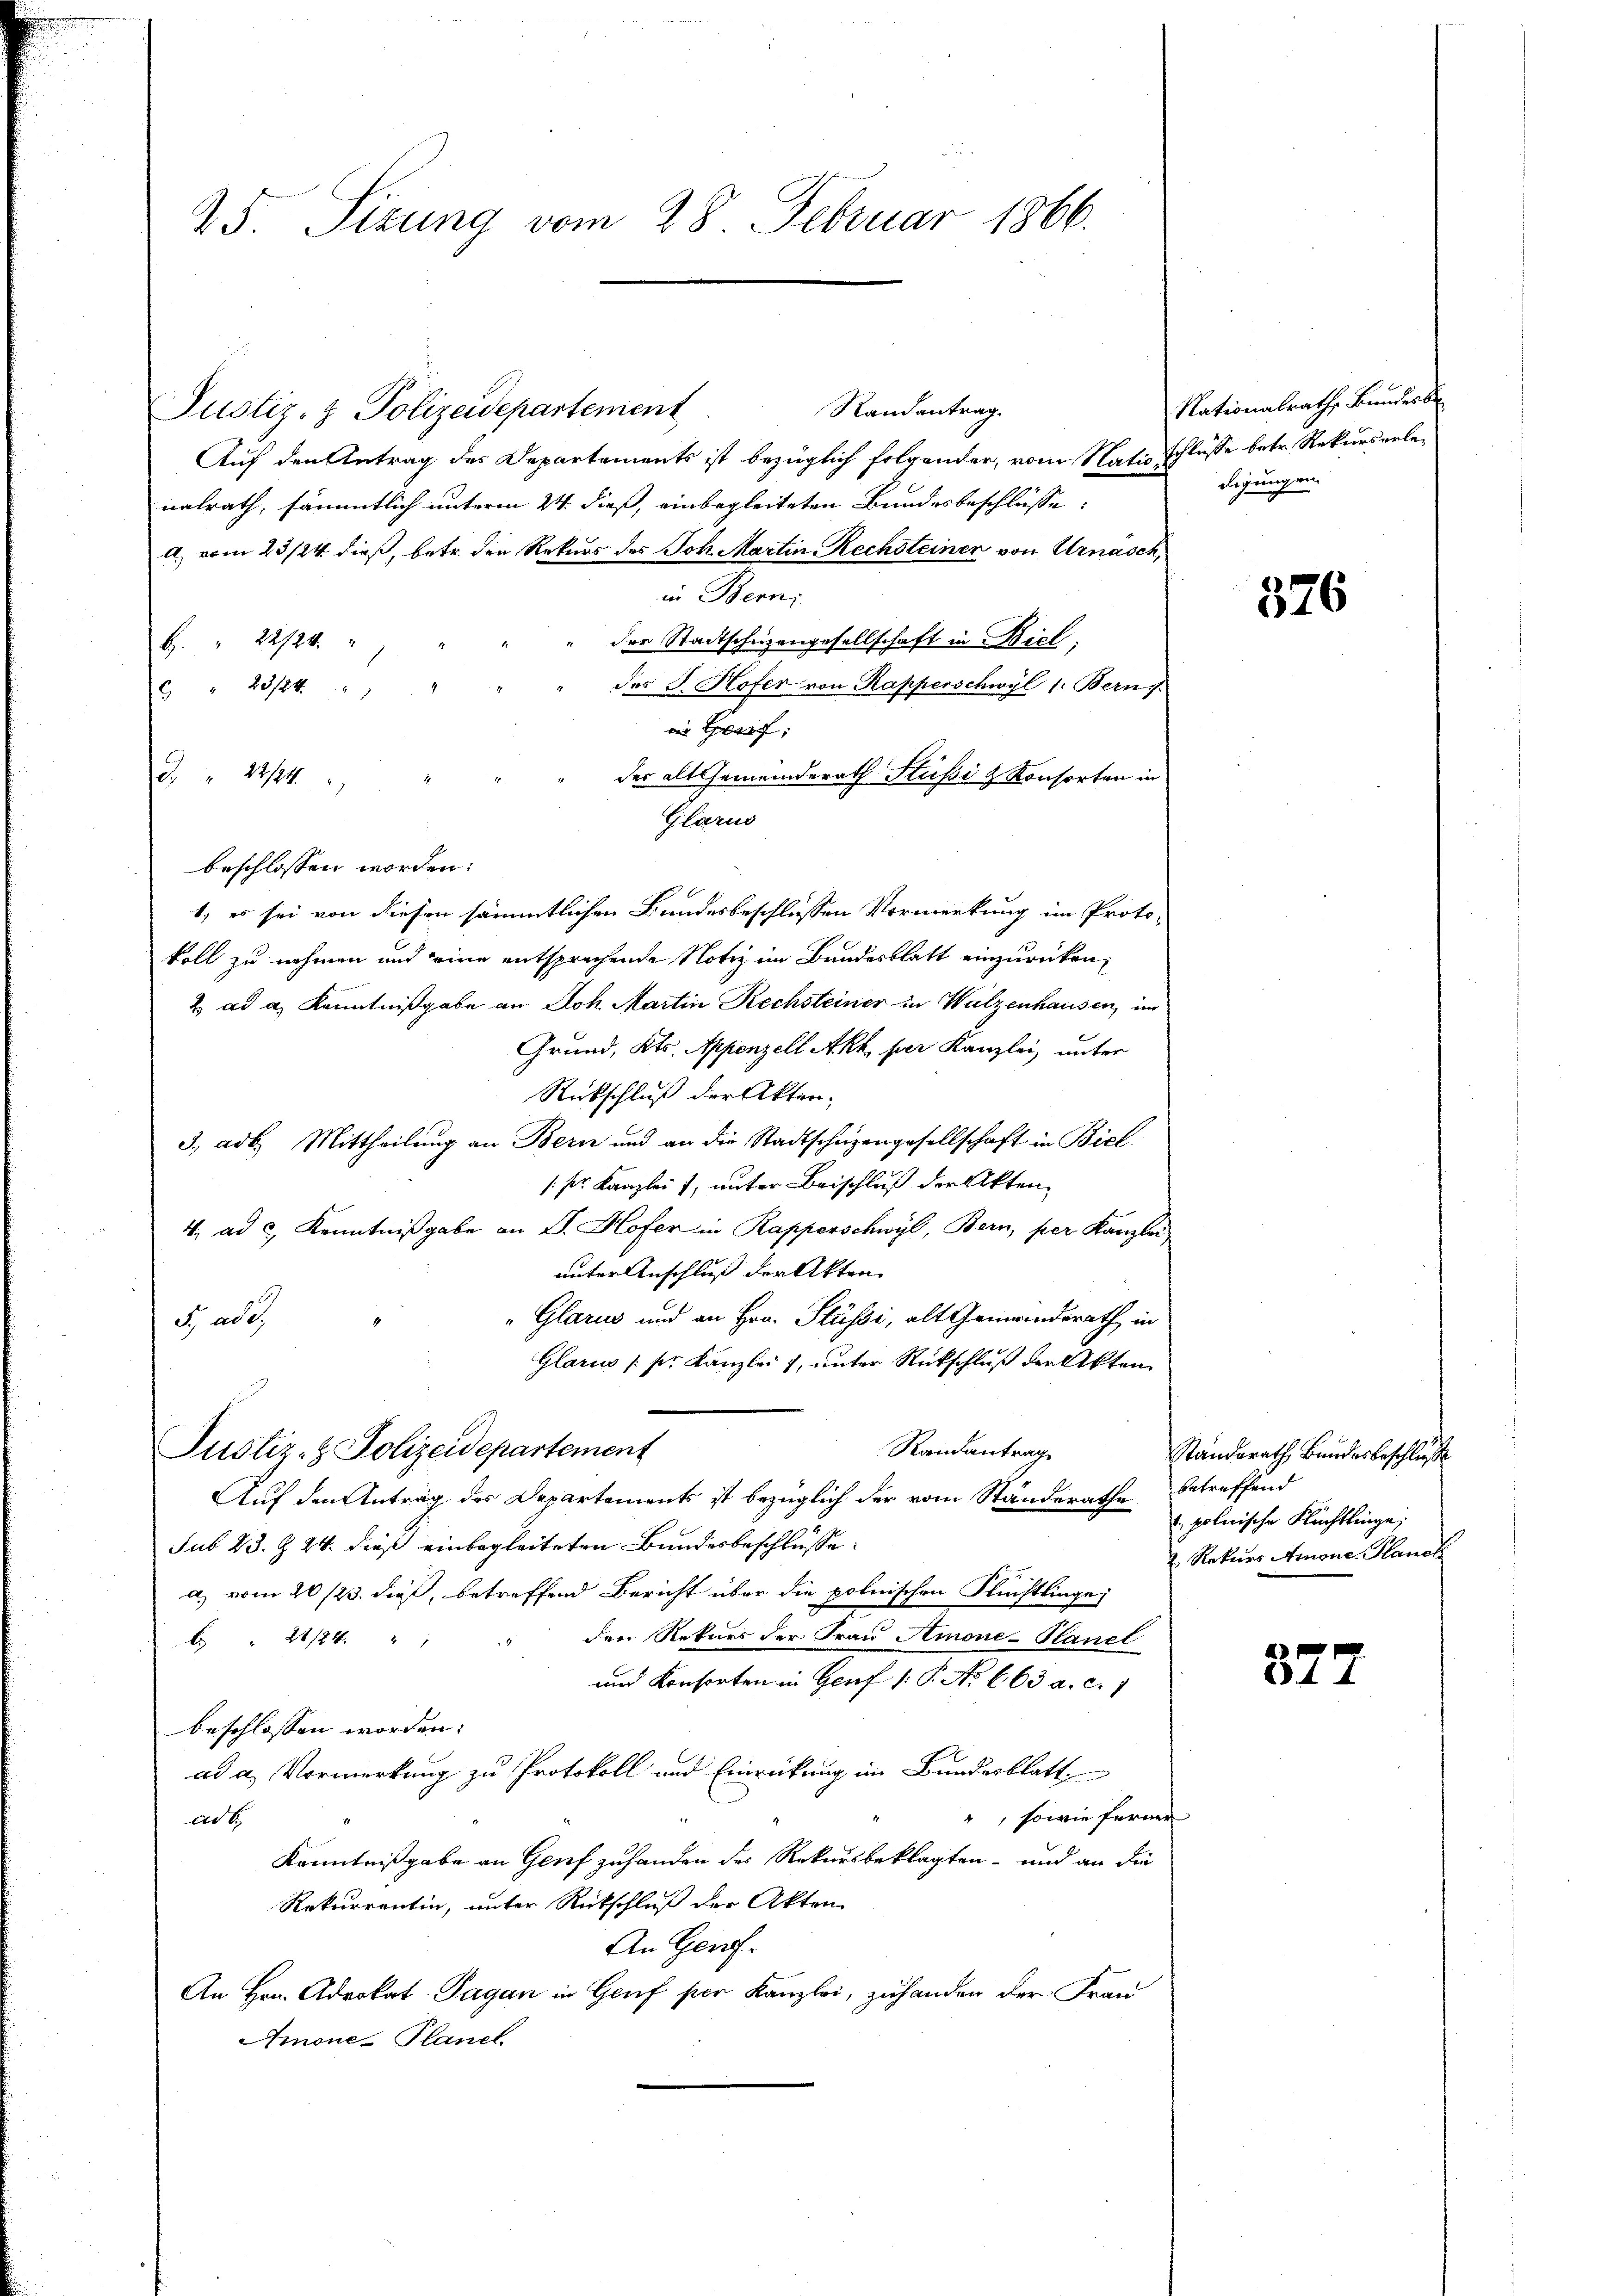
25. Sizung vom 28. Februar 1866.

Justiz- & Polizeidepartement

Randantrag.

Auf den Antrag des Departements ist bezüglich folgender, vom Natis schlüsse betr. Rekurserlenalrath, sämmtlich unterm 24. dieß, einbegleiteten Bundesbeschlüsse
a) vom 23/24. dieß, betr. den Rekurs des Joh. Martin, Rechsteinen von Urnasch,
in Berni
" der Stadtschützengesellschaft in Biel,
B " 22/24.
des J. Hofer von Kapperschwyl 1: Bern f
6 " 23/24
s ;
der alt Gemeinderath Stussi & Konsorten in
Z 12/4 x
Glarus
beschlossen worden:
1.) es sei von diesen sämmtlichen Bundesbeschlüssen Vormerkung im Proto-
koll zu nehmen und eine entsprechende Notiz im Bundesblatt einzurücken,
2. ad a, Kenntnißgabe an Joh. Martin Rechsteiner in Walzenhausen, im
Grund, Kts. Appenzell Akh, per Kanzlei, unter
Rückschluß der Akten.
3. ad b. Mittheilung an Bern und an die Stadtschüzengesellschaft in Biel
/pr. Kanzlei 7, unter Beischluß der Akten,
4. ad c.) Kenntnißgabe an J. Hofer in Kapperschwyl, Bern, per Kanzlei,
unter Anschluß der Akten
"Glarus und an Hrn. Stüßi, alt Gemeinderath in
ade.
Glarus (ser Kanzlei 7, unter Rückschluß der Akten
Randantrag
Justiz- & Polizeidepartement
Auf den Antrag des Departements ist bezüglich der vom Standerathe betreffend
sub 23. Z. 24. dieß einbegleiteten Bundesbeschlusse
a.) vom 26/23. dieß, betreffend Bericht über die polnischen Flüchtlinge
den Rekurs der Frau Amone-Hanel
 21/24 "
und Konsorten in Genf 1. P. No 663 a. c. 1
beschlossen worden.
ad a. Vormerkung zu Protokoll und Einrückung im Bundesblatt
", sowie ferner
ad E
Kenntnißgabe an Genf zu handen des Rekursbeklagten - und an die
Rekurrentin, unter Rutschluß der Akten
An Genf.
An Hrn. Advokat Pagan in Genf per Kanzlei, zuhanden der Frau
Amone-Planel.

Nationalrath Bundert
digungen,

326

21
standsrath Bundesbeschluß
. polnische Flüchtlinge
 Rekurs Amone. Planck

377